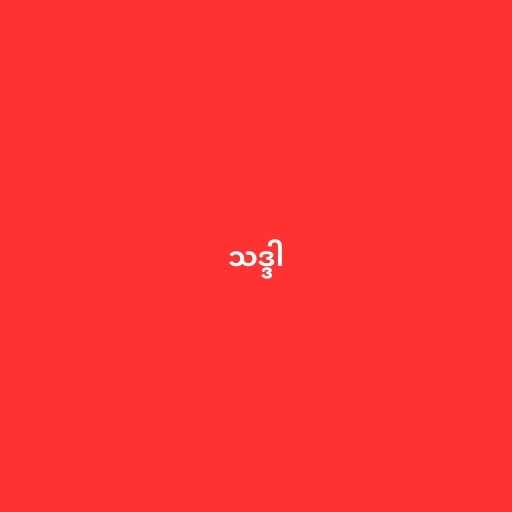
သဒ္ဒါ